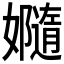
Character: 𫲙